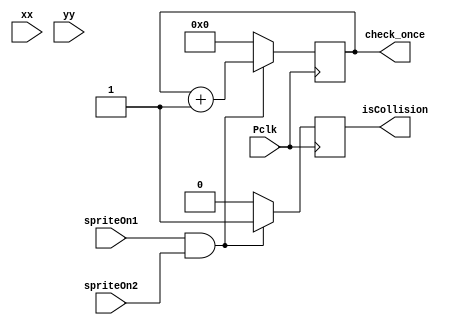
module collision(
    input wire [9:0] xx, // current x position
    input wire [9:0] yy, // current y position
    input wire spriteOn1,
    input wire spriteOn2,
    output reg isCollision, // 1=on, 0=off
    output reg [9:0] check_once,
    input wire Pclk // 25MHz pixel clock
    );
    reg [9:0] check_once  = 0;

    always @ (posedge Pclk)
    begin
        if(spriteOn1 == 1 && spriteOn2 == 1)
        begin
            isCollision = 1;
            check_once = check_once + 1;
        end
        else
        begin
            isCollision = 0;
            check_once = 0;
        end
    end
endmodule